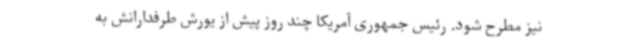
نیز مطرح شود. رئیس جمهوری آمریکا چند روز پیش از یورش طرفدارانش به